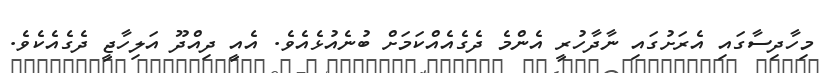
މިހާދިސާގައި އެރަށުގައި ނާދާހުރީ އެންމެ ދެގެއެއްކަމަށް ބުނެއުޅެއެވެ. އެއީ ދިއްދޫ އަލިހާޖީ ދެގެއެކެވެ.